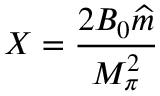
X = \frac { 2 B _ { 0 } \widehat { m } } { M _ { \pi } ^ { 2 } }